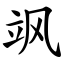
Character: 飒